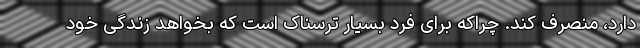
دارد، منصرف کند. چراکه برای فرد بسیار ترسناک است که بخواهد زندگی خود